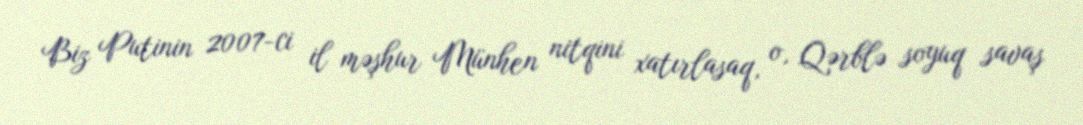
Biz Putinin 2007-ci il məşhur Münhen nitqini xatırlasaq, o, Qərblə soyuq savaş